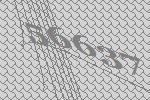
56637